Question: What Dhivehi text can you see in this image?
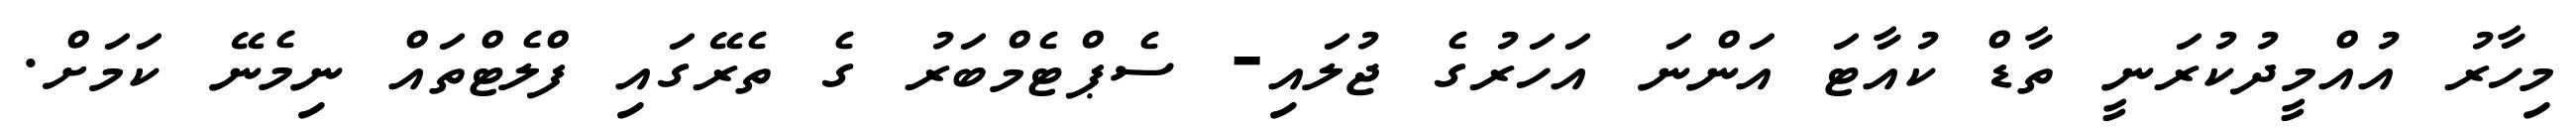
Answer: މިހާރު އުއްމީދުކުރަނީ ތާޑް ކުއާޓަ އަންނަ އަހަރުގެ ޖުލައި- ސެޕްޓެމްބަރު ގެ ތެރޭގައި ފްލެޓްތައް ނިމެނޭ ކަމަށް.